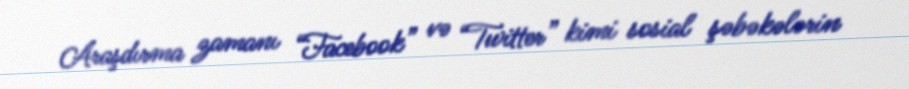
Araşdırma zamanı “Facebook” və “Twitter” kimi sosial şəbəkələrin